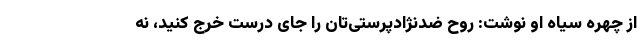
از چهره سیاه او نوشت: روح ضدنژادپرستی‌تان را جای درست خرج کنید، نه